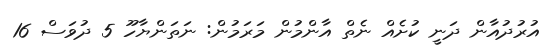
އުރުދުއާން ދަނީ ކުށެއް ނެތް އާންމުން މަރަމުން: ނަތަންޔާހޫ 5 ދުވަސް 16